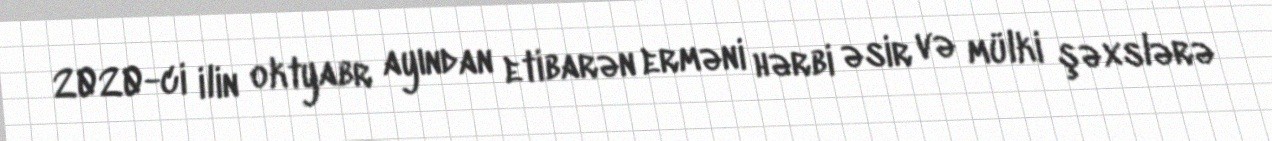
2020-ci ilin oktyabr ayından etibarən erməni hərbi əsir və mülki şəxslərə